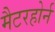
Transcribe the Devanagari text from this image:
मैटरहोर्न